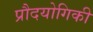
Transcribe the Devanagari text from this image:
प्रौदयोगिकी